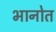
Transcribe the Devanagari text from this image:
भानोत